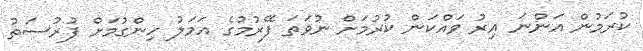
ކުރަމުން އަންނަ އިރު ވައްކަން ކުރުމަށް ނުވަތަ ފޭރުމުގެ އަމަލު ހިންގުމަށް ފުރުސަތު